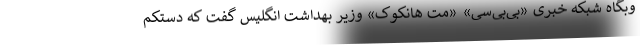
وبگاه شبکه خبری «بی‌بی‌سی» «مت هانکوک» وزیر بهداشت انگلیس گفت که دستکم